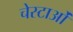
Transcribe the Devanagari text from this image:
चेस्टाओं